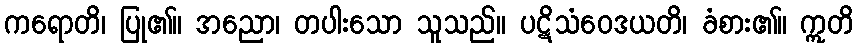
ကရောတိ၊ ပြု၏။ အညော၊ တပါးသော သူသည်။ ပဋိသံဝေဒယတိ၊ ခံစား၏။ ဣတိ